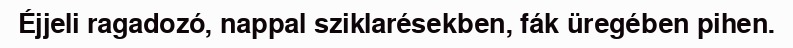
Éjjeli ragadozó, nappal sziklarésekben, fák üregében pihen.